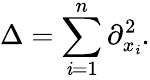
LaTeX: \Delta=\sum_{\mathit{i}=1}^{n}\partial_{x_{\mathit{i}}}^{2}.